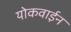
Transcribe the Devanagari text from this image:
योकवाईन